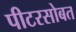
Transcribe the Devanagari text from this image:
पीटरसोबत